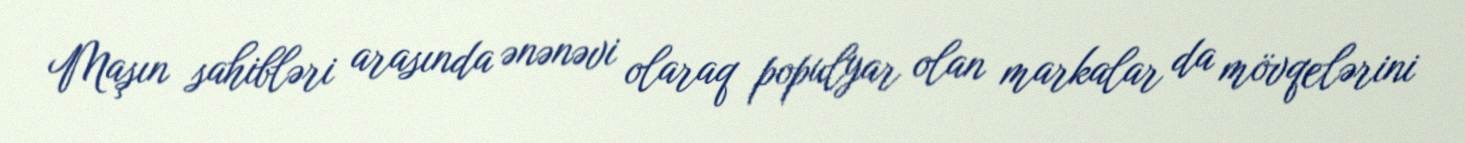
Maşın sahibləri arasında ənənəvi olaraq populyar olan markalar da mövqelərini